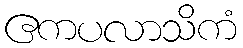
ဧကပလာသိကံ